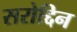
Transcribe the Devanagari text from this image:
सरोद्दिन